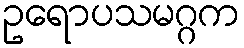
ဥရောပသမဂ္ဂက